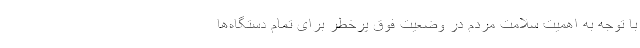
با توجه به اهمیت سلامت مردم در وضعیت فوق پرخطر برای تمام دستگاه‌ها